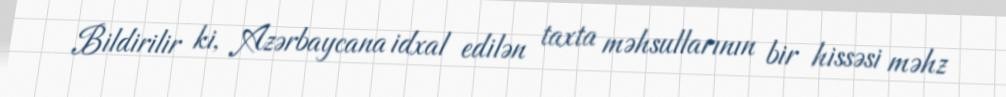
Bildirilir ki, Azərbaycana idxal edilən taxta məhsullarının bir hissəsi məhz